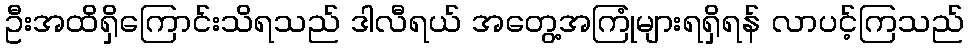
ဦးအထိရှိကြောင်းသိရသည် ဒါလီရယ် အတွေ့အကြုံများရရှိရန် လာပင့်ကြသည်